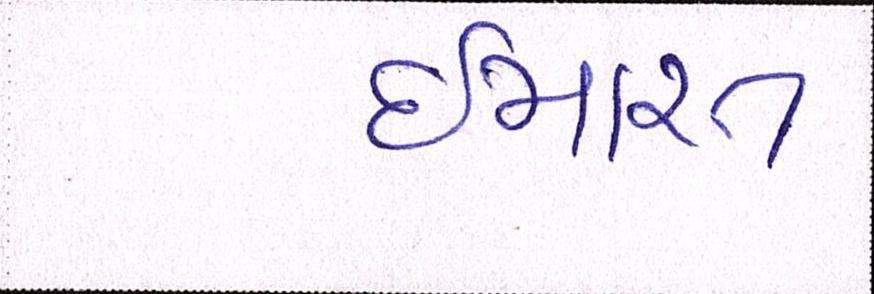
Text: ઈમારત